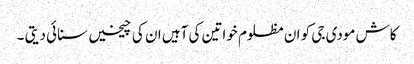
کاش مودی جی کو ان مظلوم خواتین کی آہیں ان کی چیخیں سنائی دیتی ۔